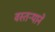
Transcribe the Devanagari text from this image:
वस्तर्‍याने